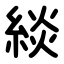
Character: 緂